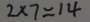
2 \times 7 = 1 4